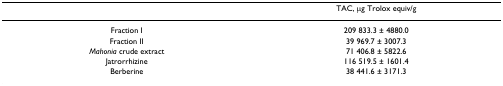
<table><thead><tr><td></td><td><b>TAC, μg Trolox equiv/g</b></td></tr></thead><tbody><tr><td>Fraction I</td><td>209 833.3 ± 4880.0</td></tr><tr><td>Fraction II</td><td>39 969.7 ± 3007.3</td></tr><tr><td><i>Mahonia </i>crude extract</td><td>71 406.8 ± 5822.6</td></tr><tr><td>Jatrorrhizine</td><td>116 519.5 ± 1601.4</td></tr><tr><td>Berberine</td><td>38 441.6 ± 3171.3</td></tr></tbody></table>